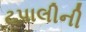
ટપાલીની